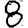
Digit: 8